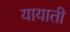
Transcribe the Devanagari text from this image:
यायाती